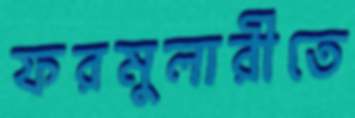
ফরমুলারীতে